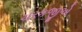
ચરકજીએ